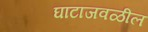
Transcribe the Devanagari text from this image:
घाटाजवळील